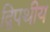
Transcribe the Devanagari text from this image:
द्विपथीय